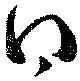
得